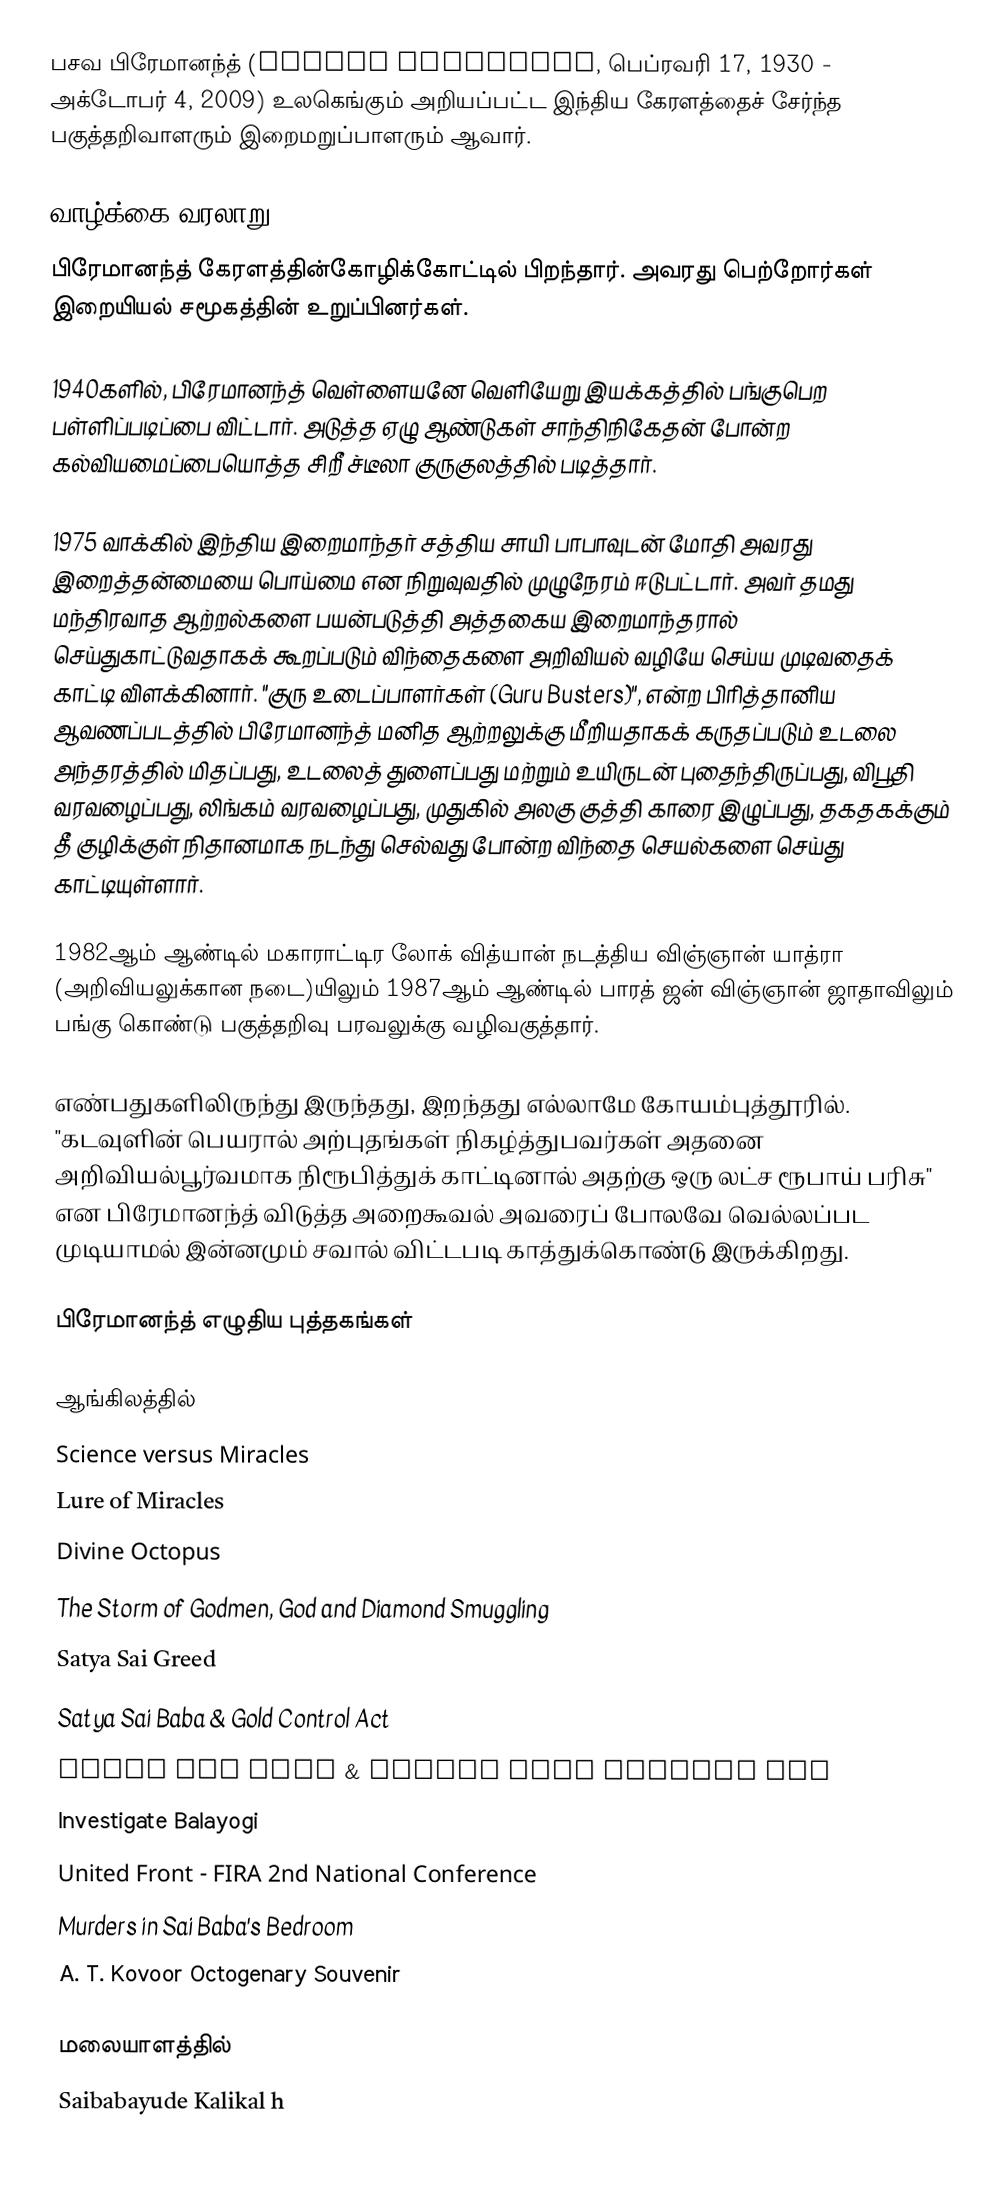
பசவ பிரேமானந்த் (Basava Premanand, பெப்ரவரி 17, 1930 - அக்டோபர் 4, 2009) உலகெங்கும் அறியப்பட்ட இந்திய கேரளத்தைச் சேர்ந்த பகுத்தறிவாளரும் இறைமறுப்பாளரும் ஆவார்.

வாழ்க்கை வரலாறு
பிரேமானந்த்  கேரளத்தின்கோழிக்கோட்டில் பிறந்தார். அவரது பெற்றோர்கள் இறையியல் சமூகத்தின் உறுப்பினர்கள்.

1940களில், பிரேமானந்த் வெள்ளையனே வெளியேறு இயக்கத்தில் பங்குபெற பள்ளிப்படிப்பை விட்டார். அடுத்த ஏழு ஆண்டுகள் சாந்திநிகேதன் போன்ற கல்வியமைப்பையொத்த சிறீ ச்டீலா குருகுலத்தில் படித்தார்.

1975 வாக்கில் இந்திய இறைமாந்தர் சத்திய சாயி பாபாவுடன் மோதி அவரது இறைத்தன்மையை பொய்மை என நிறுவுவதில் முழுநேரம் ஈடுபட்டார். அவர் தமது மந்திரவாத ஆற்றல்களை பயன்படுத்தி அத்தகைய இறைமாந்தரால் செய்துகாட்டுவதாகக் கூறப்படும் விந்தைகளை அறிவியல் வழியே செய்ய முடிவதைக் காட்டி விளக்கினார். "குரு உடைப்பாளர்கள் (Guru Busters)", என்ற பிரித்தானிய ஆவணப்படத்தில் பிரேமானந்த் மனித ஆற்றலுக்கு மீறியதாகக் கருதப்படும் உடலை அந்தரத்தில் மிதப்பது, உடலைத் துளைப்பது மற்றும் உயிருடன் புதைந்திருப்பது, விபூதி வரவழைப்பது, லிங்கம் வரவழைப்பது, முதுகில் அலகு குத்தி காரை இழுப்பது, தகதகக்கும் தீ குழிக்குள் நிதானமாக நடந்து செல்வது போன்ற விந்தை செயல்களை செய்து காட்டியுள்ளார்.

1982ஆம் ஆண்டில் மகாராட்டிர லோக் வித்யான் நடத்திய விஞ்ஞான் யாத்ரா (அறிவியலுக்கான நடை)யிலும் 1987ஆம் ஆண்டில் பாரத் ஜன் விஞ்ஞான் ஜாதாவிலும் பங்கு கொண்டு பகுத்தறிவு பரவலுக்கு வழிவகுத்தார்.

எண்பதுகளிலிருந்து இருந்தது, இறந்தது எல்லாமே கோயம்புத்தூரில். "கடவுளின் பெயரால் அற்புதங்கள் நிகழ்த்துபவர்கள் அதனை அறிவியல்பூர்வமாக நிரூபித்துக் காட்டினால் அதற்கு ஒரு லட்ச ரூபாய் பரிசு" என பிரேமானந்த் விடுத்த அறைகூவல் அவரைப் போலவே வெல்லப்பட முடியாமல் இன்னமும் சவால் விட்டபடி காத்துக்கொண்டு இருக்கிறது.

பிரேமானந்த் எழுதிய புத்தகங்கள்

ஆங்கிலத்தில்
Science versus Miracles
Lure of Miracles
Divine Octopus
The Storm of Godmen, God and Diamond Smuggling
Satya Sai Greed
Satya Sai Baba & Gold Control Act
Satya Sai Baba & Kerala Land Reforms Act
Investigate Balayogi
United Front - FIRA 2nd National Conference
Murders in Sai Baba's Bedroom
 A. T. Kovoor Octogenary Souvenir

மலையாளத்தில்
 Saibabayude Kalikal h